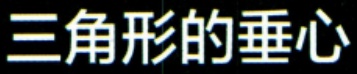
三角形的垂心